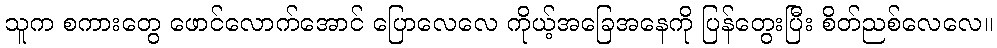
သူက စကားတွေ ဖောင်လောက်အောင် ပြောလေလေ ကိုယ့်အခြေအနေကို ပြန်တွေးပြီး စိတ်ညစ်လေလေ။